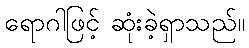
ရောဂါဖြင့် ဆုံးခဲ့ရှာသည်။